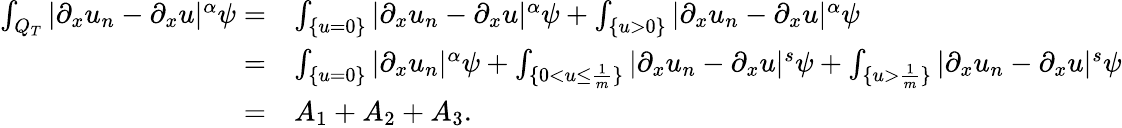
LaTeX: \begin{array}{rl}{\int_{Q_{T}}|\partial_{x}u_{n}-\partial_{x}u|^{\alpha}\psi=}&{\int_{\{ u=0\} }|\partial_{x}u_{n}-\partial_{x}u|^{\alpha}\psi+\int_{\{ u>0\} }|\partial_{x}u_{n}-\partial_{x}u|^{\alpha}\psi}\\ {=}&{\int_{\{ u=0\} }|\partial_{x}u_{n}|^{\alpha}\psi+\int_{\{ 0<u\leq\frac{1}{m}\} }|\partial_{x}u_{n}-\partial_{x}u|^{s}\psi+\int_{\{ u>\frac{1}{m}\} }|\partial_{x}u_{n}-\partial_{x}u|^{s}\psi}\\ {=}&{A_{1}+A_{2}+A_{3}.}\end{array}